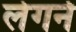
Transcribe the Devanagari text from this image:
लेगर्न